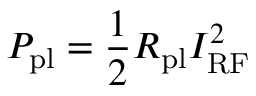
P _ { \mathrm { p l } } = \frac { 1 } { 2 } R _ { \mathrm { p l } } I _ { \mathrm { R F } } ^ { 2 }